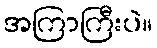
အကြာကြီးပဲ။